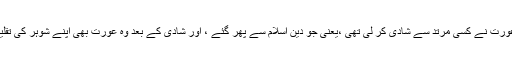
ہمارے خاندان کی ایک عورت نے کسی مرتد سے شادی کر لی تھی ،یعنی جو دینِ اسلام سے پھر گئے ، اور شادی کے بعد وہ عورت بھی اپنے شوہر کی تقلید میں مرتد ہو چکی ہے ۔